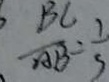
\frac { B C } { A B } = \frac { 1 } { 3 }